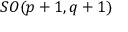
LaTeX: S O ( p + 1 , q + 1 )